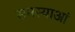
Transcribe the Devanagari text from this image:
समस्याआं